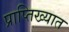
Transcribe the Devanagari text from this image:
प्राप्तिख्यात